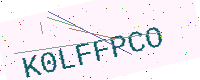
Text: K0LFFPCO